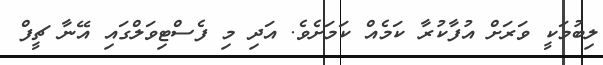
ލިބުމަކީ ވަރަށް އުފާކުރާ ކަމެއް ކަމަށެވެ. އަދި މި ފެސްޓިވަލްގައި އޭނާ ޗީފް